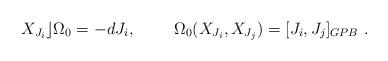
LaTeX: \begin{align*}X_{J_i}\rfloor\Omega_0=-dJ_i,~~~~~~~\Omega_0(X_{J_i},X_{J_j})=[J_i,J_j]_{GPB}~.\end{align*}